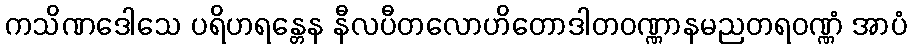
ကသိဏဒေါသေ ပရိဟရန္တေန နီလပီတလောဟိတောဒါတဝဏ္ဏာနမညတရဝဏ္ဏံ အာပံ